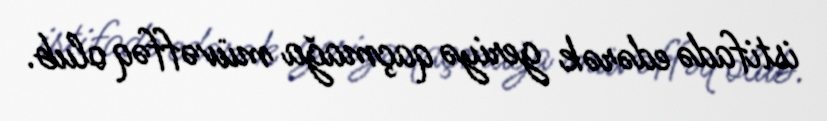
istifadə edərək geriyə qaçmağa müvəffəq olub.